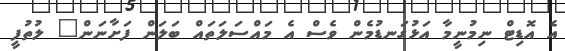
އެެ އޮޑިޓް ނިމުނީމާ އަޅުގަނޑުމެން ވެސް އެ މައްސަލަތައް ބަލަން ފަށާނަން" ލުތުފީ